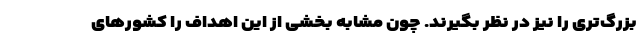
بزرگ‌تری را نیز در نظر بگیرند. چون مشابه بخشی از این اهداف را کشورهای